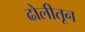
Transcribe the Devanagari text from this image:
ढोलीतून